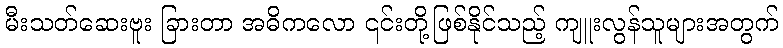
မီးသတ်ဆေးဗူး ခြားတာ အဓိကလော ၎င်းတို့ဖြစ်နိုင်သည့် ကျူးလွန်သူများအတွက်